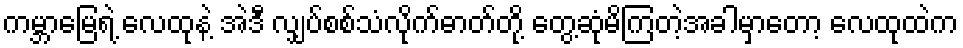
ကမ္ဘာမြေရဲ့ လေထုနဲ့ အဲဒီ လျှပ်စစ်သံလိုက်ဓာတ်တို့ တွေ့ဆုံမိကြတဲ့အခါမှာတော့ လေထုထဲက